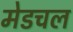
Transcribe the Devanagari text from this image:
मेडचल